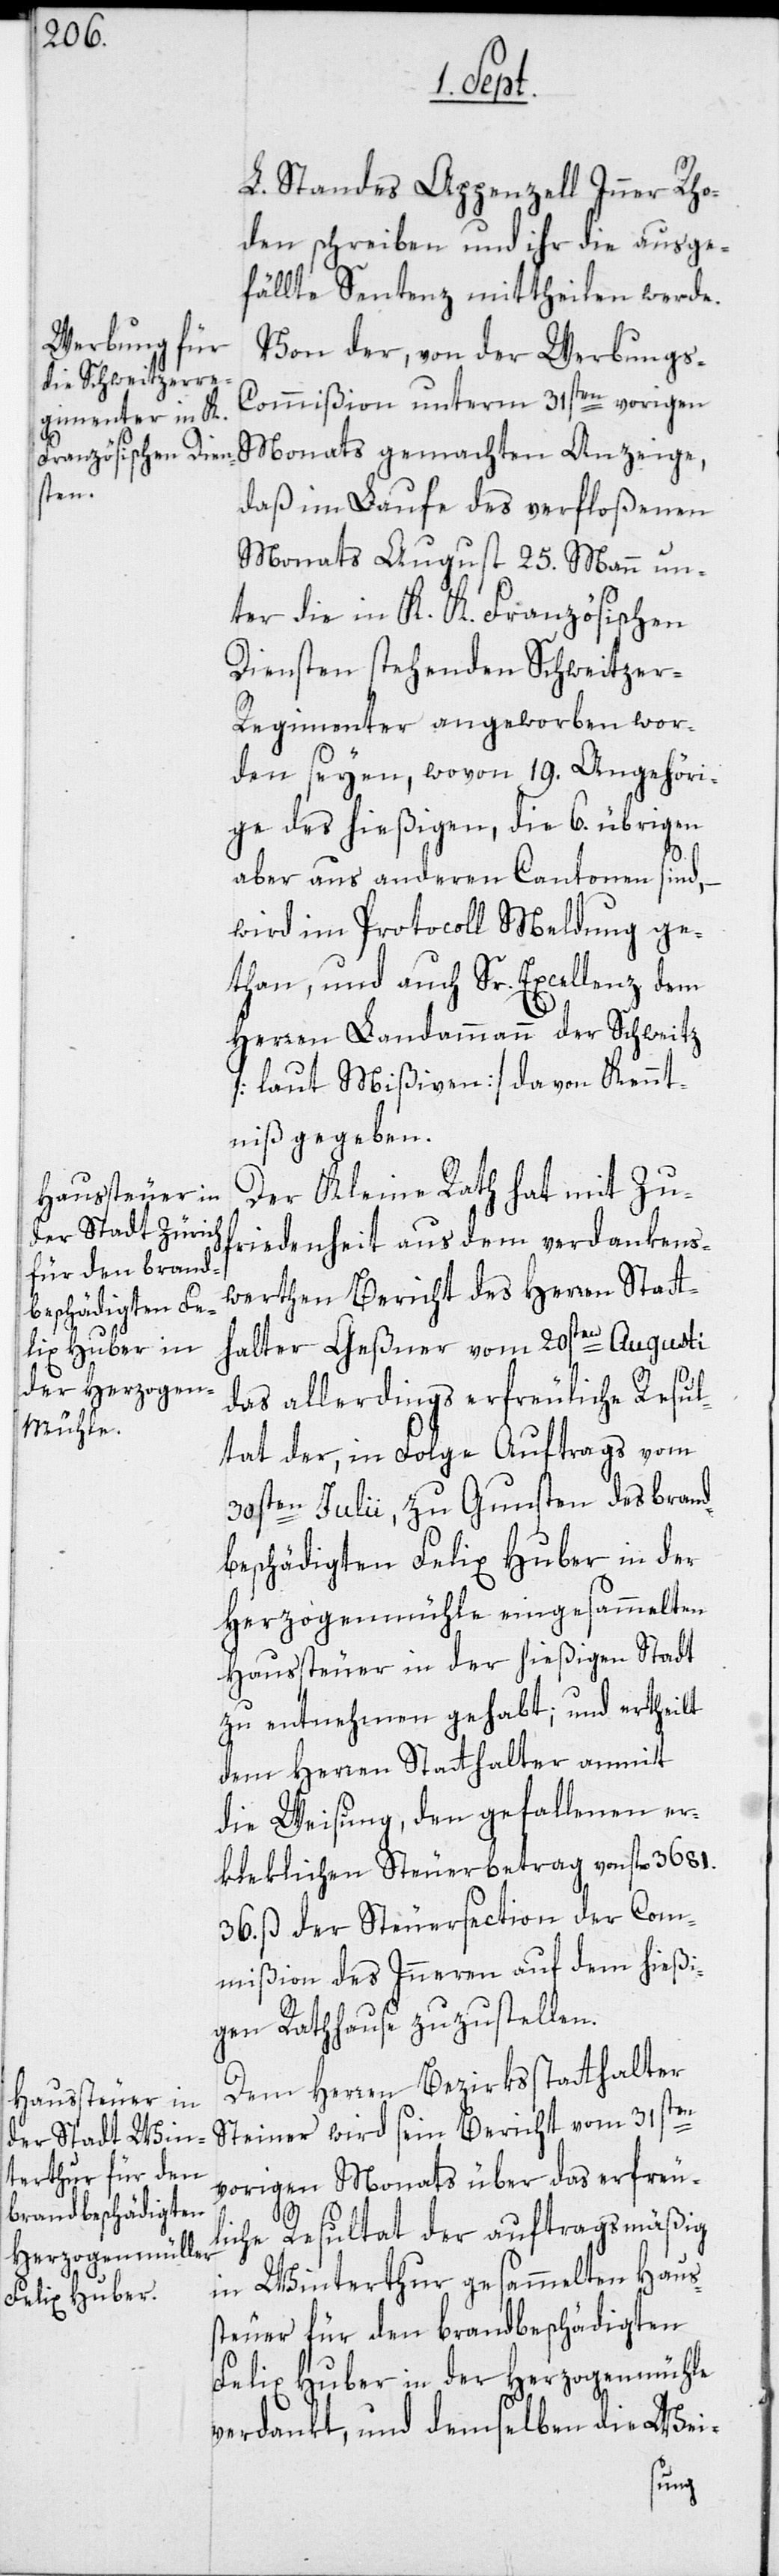
L. Standes Appenzell Inner Rho¬
den schreiben und ihr die ausge¬
fällte Sentenz mittheilen werde.
Von der, von der Werbungs-C¬
ommißion unterm 31sten vorigen
Monats gemachten Anzeige,
daß im Laufe des verfloßenen
Monats August 25. Mann un¬
ter die in K. .K. Französischen
Diensten stehenden Schweitzer-R¬
egimenter angeworben wor¬
den seyen, wovon 19. Angehöri¬
ge des hießigen, die 6. übrigen
aber aus anderen Cantonen sind,
wird im Protocoll Meldung ge¬
than, und auch Sr. Excellenz dem
Herren Landammann der Schweitz
[laut Mißiven] davon Kennt¬
niß gegeben.
Der Kleine Rath hat mit Zuf¬
riedenheit aus dem verdankens¬
werthen Bericht des Herren Statt¬
halter Geßner vom 20sten Augusti
das allerdings erfreuliche Resul¬
tat der, in Folge Auftrags vom
30sten Julii, zu Gunsten des brand¬
beschädigten Felix Huber in der
Herzogenmühle eingesammelten
Haussteuer in der hießigen Stadt
zu entnehmen gehabt; und ertheilt
dem Herren Statthalter anmit
die Weisung, den gefallenen er¬
kleklichen Steuerbetrag von fl. 3681.
36. ß der Steuersection der Com¬
mißion des Inneren auf dem hießi¬
gen Rathhause zuzustellen.
Dem Herren Bezirksstatthalter
Steiner wird sein Bericht vom 31sten
vorigen Monats über das erfreul¬
iche Resultat der auftragsmäßig
in Winterthur gesammelten Haus¬
steuer für den brandbeschädigten
Felix Huber in der Herzogenmühle
verdankt, und demselben die Wei-